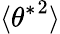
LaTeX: \langle{\theta^{*}}^{2}\rangle